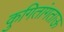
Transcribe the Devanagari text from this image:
कुगितांगताऊ